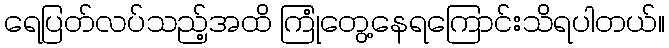
ရေပြတ်လပ်သည့်အထိ ကြုံတွေ့နေရကြောင်းသိရပါတယ်။